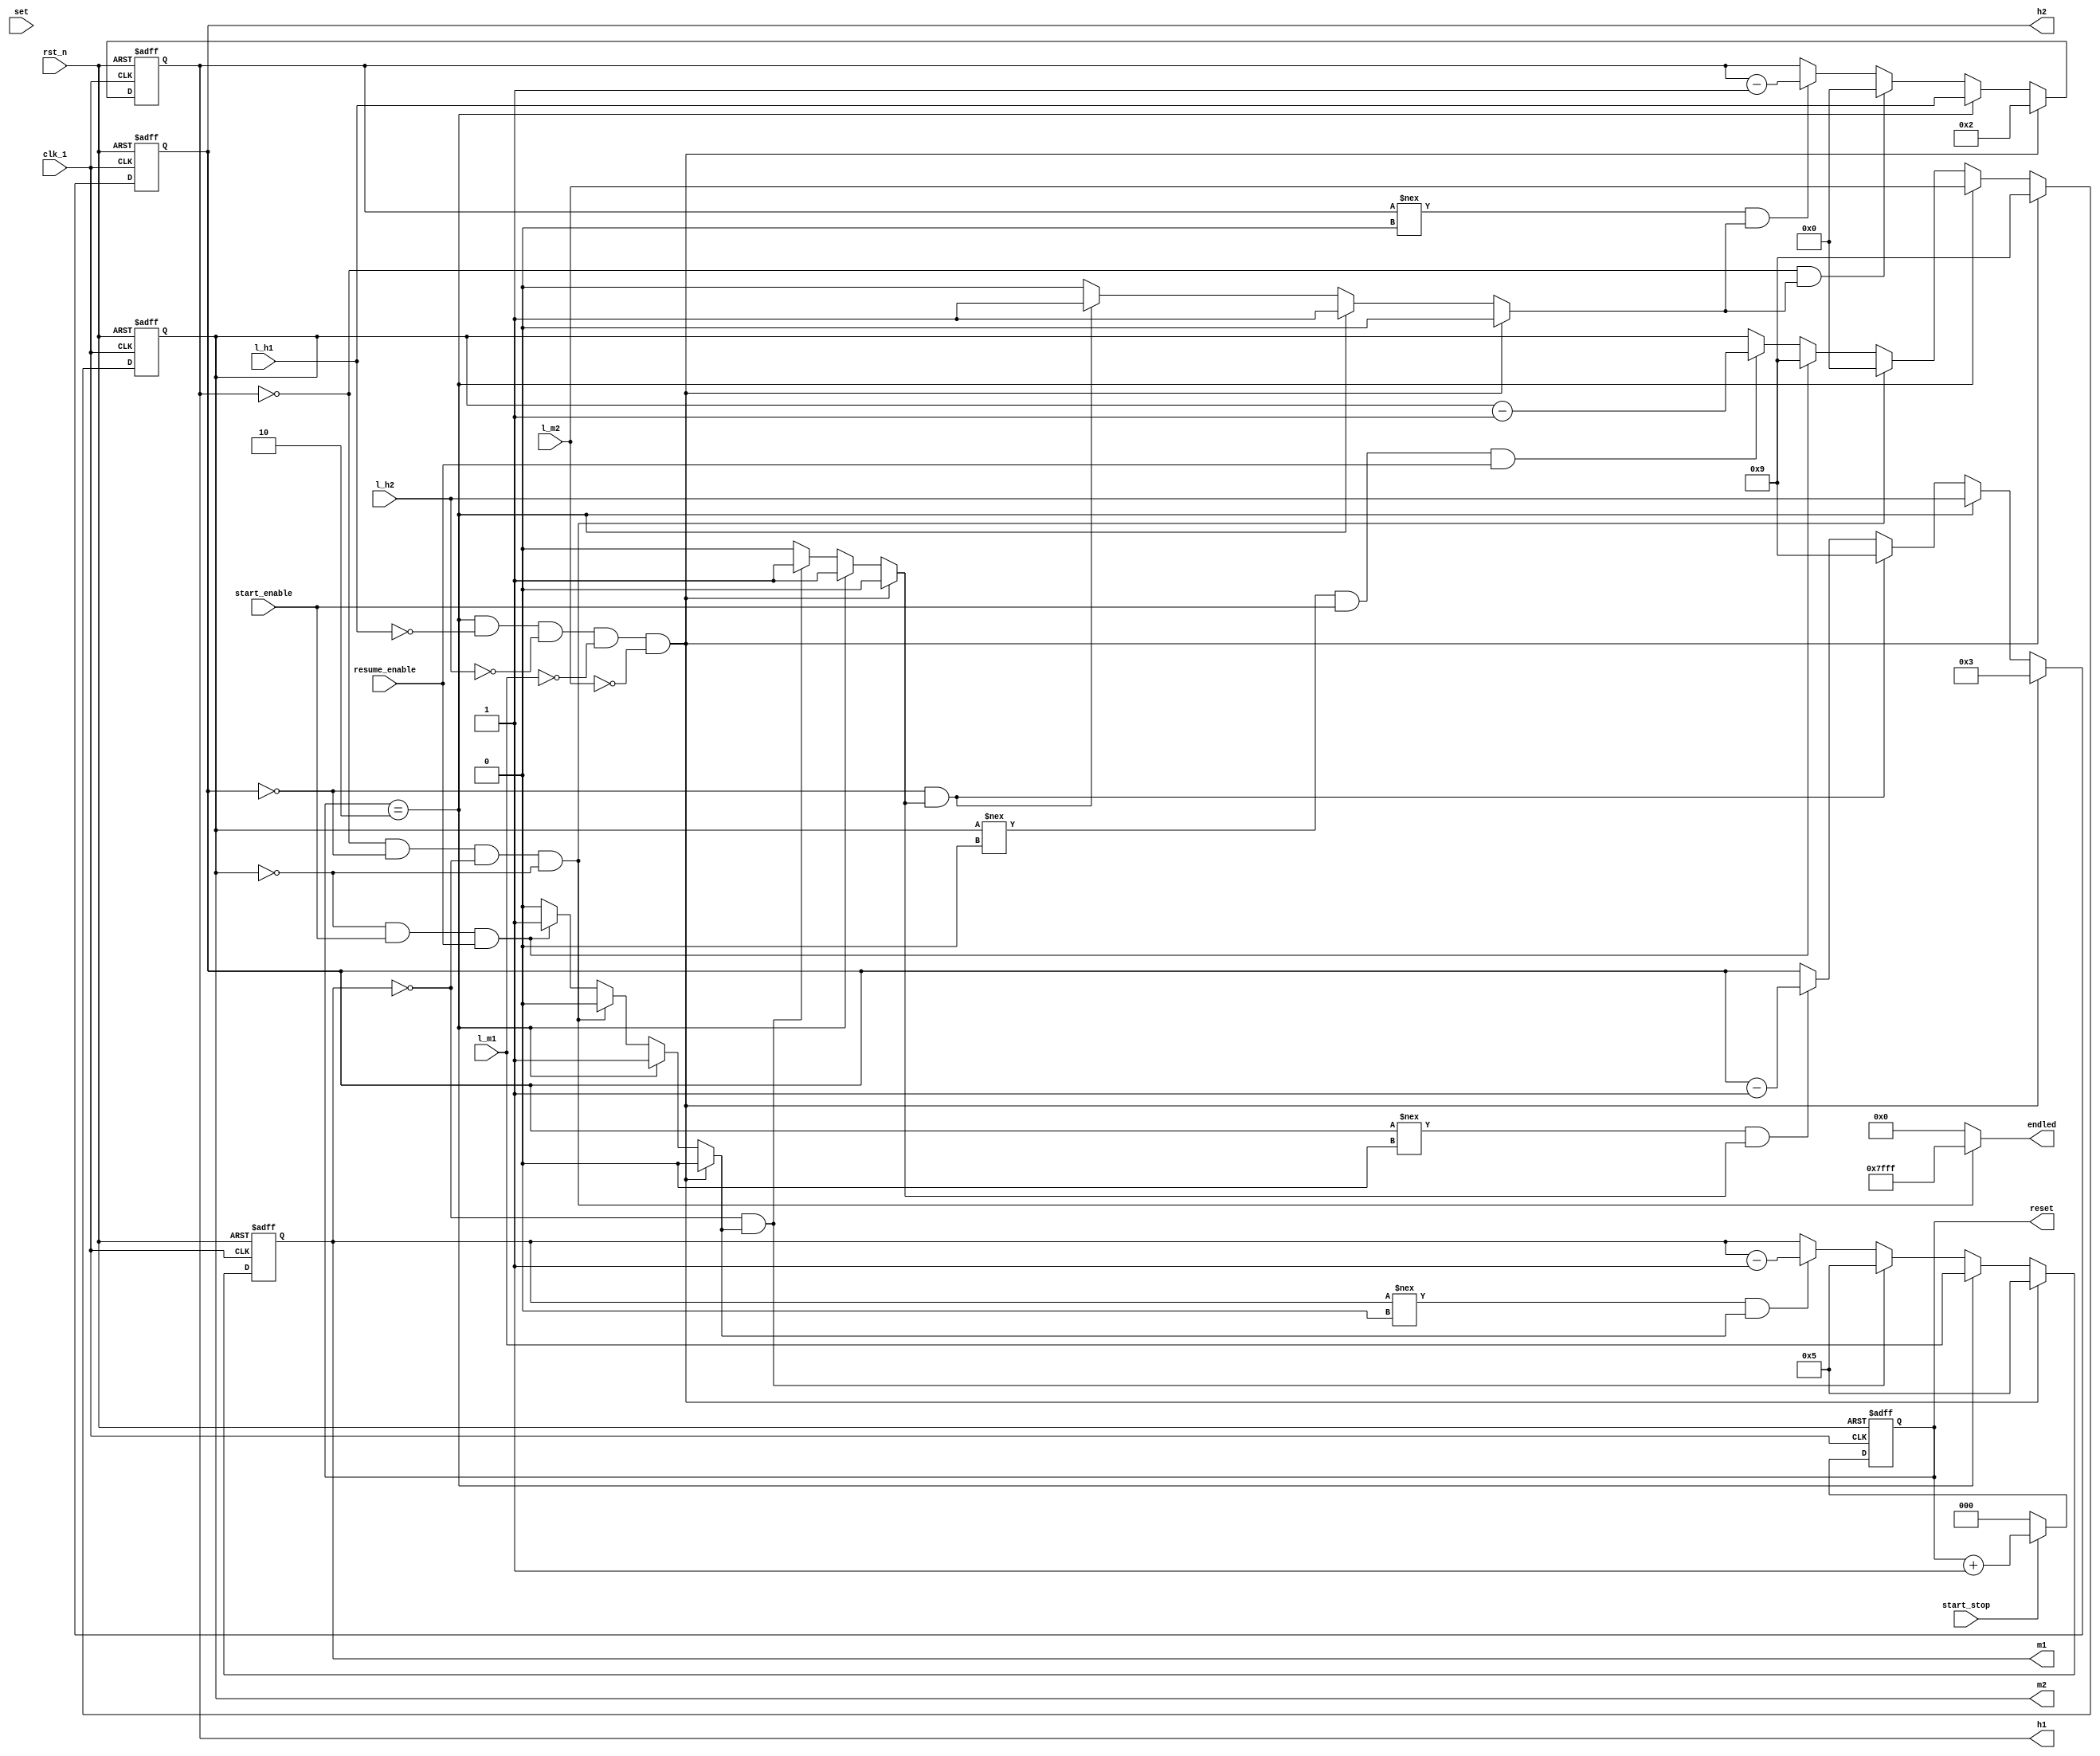
`define DISABLED 1'b0
`define ENABLED 1'b1


module lab7_2_time_counter(
clk_1,
rst_n,
set,
start_stop,
start_enable,
resume_enable,
l_h1,
l_h2,
l_m1,
l_m2,
h1,
h2, 
m1, 
m2,
endled,
reset
);
input clk_1;
input rst_n;
input set;
input start_stop;
input start_enable,resume_enable;
input [3:0] l_h1, l_h2, l_m1, l_m2;
output reg [3:0] h1, h2, m1, m2;
reg [3:0] h1_tmp, h2_tmp, m1_tmp, m2_tmp;
reg borrow1, borrow2, borrow3, borrow4;
output reg [14:0]endled;
output reg [2:0] reset;
reg [2:0] reset_tmp;




always @(posedge clk_1 or negedge rst_n) 
if (~rst_n) h1 <= 4'd2;
else h1 <= h1_tmp;

always @* 
if ((reset == 3'd2)&&(l_h1==0)&&(l_h2==0)&&(l_m1==0)&&(l_m2==0)) begin
h1_tmp = 4'd2;
borrow4 = `DISABLED; 
end
else if (reset == 3'd2) begin
h1_tmp = l_h1;
borrow4 = `ENABLED; 
end
else if (h1 == 4'd0 && borrow3) begin
h1_tmp = 4'd0;
borrow4 = `ENABLED; 
end
else if (h1 !== 4'd0 && borrow3) begin
h1_tmp = h1 - 4'd1;
borrow4 = `DISABLED; 
end
else begin
h1_tmp = h1; 
borrow4 = `DISABLED;
end

always @(posedge clk_1 or negedge rst_n) 
if (~rst_n) h2 <= 4'd3;
else h2 <= h2_tmp;

always @*
if ((reset == 3'd2)&&(l_h1==0)&&(l_h2==0)&&(l_m1==0)&&(l_m2==0)) begin
h2_tmp = 4'd3;
borrow3 = `DISABLED; 
end
else if (reset == 3'd2) begin
h2_tmp = l_h2;
borrow3 = `ENABLED; 
end 
else if (h2 == 4'd0 && borrow2) begin
h2_tmp = 4'd9;
borrow3 = `ENABLED; 
end
else if (h2 !== 4'd0 && borrow2) begin
h2_tmp = h2 - 4'd1;
borrow3 = `DISABLED; 
end
else begin
h2_tmp = h2; 
borrow3 = `DISABLED;
end


always @(posedge clk_1 or negedge rst_n) 
if (~rst_n) m1 <= 4'd5;
else m1 <= m1_tmp;

always @*
if ((reset == 3'd2)&&(l_h1==0)&&(l_h2==0)&&(l_m1==0)&&(l_m2==0)) begin
m1_tmp = 4'd5;
borrow2 = `DISABLED; 
end
else if (reset == 3'd2) begin
m1_tmp = l_m1;
borrow2 = `ENABLED; 
end
else if (m1 == 4'd0 && borrow1) begin
m1_tmp = 4'd5;
borrow2 = `ENABLED; 
end
else if (m1 !== 4'd0 && borrow1) begin
m1_tmp = m1 - 4'd1;
borrow2 = `DISABLED; 
end
else begin
m1_tmp = m1; 
borrow2 = `DISABLED;
end


always @(posedge clk_1 or negedge rst_n) 
if (~rst_n) m2 <= 4'd9;
else m2 <= m2_tmp;

always @*
if ((reset == 3'd2)&&(l_h1==0)&&(l_h2==0)&&(l_m1==0)&&(l_m2==0)) begin
m2_tmp = 4'd9;
borrow1 = `DISABLED; 
end
else if (reset == 3'd2) begin
m2_tmp = l_m2;
borrow1 = `ENABLED; 
end
else if((h1==0)&&(h2==0)&&(m1==0)&&(m2==0))begin
m2_tmp = 4'd0;
borrow1 = `DISABLED; 
end
else if (m2 == 4'd0 && start_enable && resume_enable) begin
m2_tmp = 4'd9;
borrow1 = `ENABLED; 
end
else if (m2 !== 4'd0 && start_enable && resume_enable) begin
m2_tmp = m2 - 4'd1;
borrow1 = `DISABLED; 
end
else begin
m2_tmp = m2; 
borrow1 = `DISABLED;
end


always @(posedge clk_1 or negedge rst_n)
if (~rst_n)begin
reset <= 3'd0;
end
else begin
reset <= reset_tmp;
end

always @*
if(start_stop == 1)
reset_tmp = reset+1;
else
reset_tmp = 0;



always@*
if((h1==0)&&(h2==0)&&(m1==0)&&(m2==0))
endled = 15'b111111111111111;
else
endled = 15'd0;

endmodule